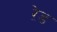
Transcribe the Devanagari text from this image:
ऱेड